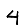
Digit: 4